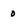
Character: 0